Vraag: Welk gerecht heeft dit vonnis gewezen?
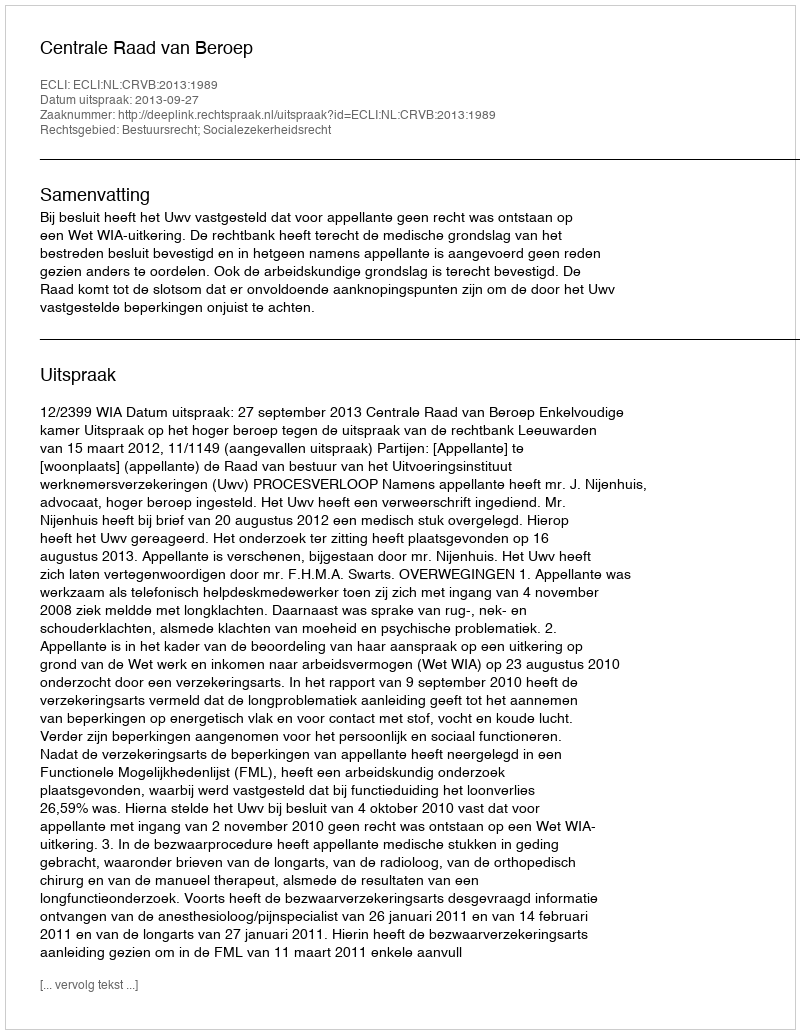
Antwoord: Centrale Raad van Beroep